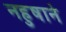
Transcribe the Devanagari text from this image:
नहुषाने